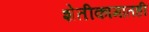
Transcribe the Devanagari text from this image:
शेतीकामातही